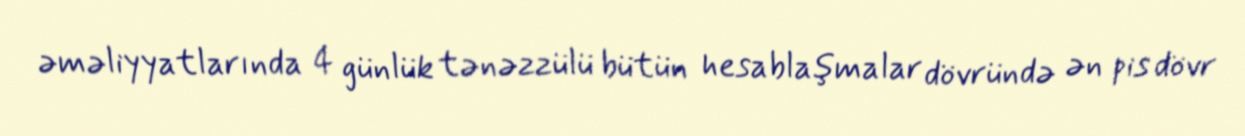
əməliyyatlarında 4 günlük tənəzzülü bütün hesablaşmalar dövründə ən pis dövr